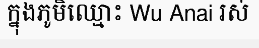
ក្នុងភូមិឈ្មោះ Wu Anai រស់